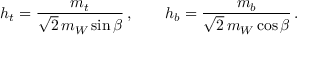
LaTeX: h _ { t } = \frac { m _ { t } } { \sqrt 2 \, m _ { W } \sin \beta } \, , \qquad h _ { b } = \frac { m _ { b } } { \sqrt 2 \, m _ { W } \cos \beta } \, .